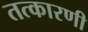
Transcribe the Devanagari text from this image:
तत्कारणी